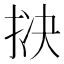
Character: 𪭱